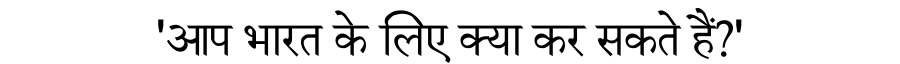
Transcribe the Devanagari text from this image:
'आप भारत के लिए क्या कर सकते हैं?'